Civil Veterinary Dept. Bombay admin report 1914-1922 - 1914-1922
Year: 1914
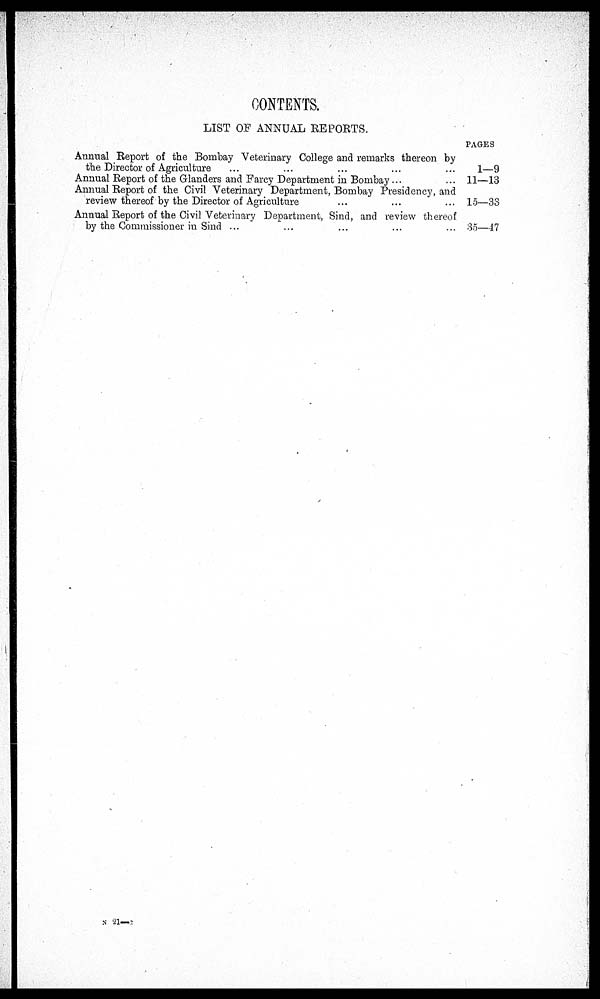
CONTENTS.
LIST OF ANNUAL REPORTS.
Annual Report of the Bombay Veterinary College and remarks thereon by
the Director of Agriculture ... ... ... ... ...
Annual Report of the Glanders and Farcy Department in Bombay ... ...
Annual Report of the Civil Veterinary Department, Bombay Presidency, and
review thereof by the Director of Agriculture ... ... ...
Annual Report of the Civil Veterinary Department, Sind, and review thereof
by the Commissioner in Sind ... ... ... ... ...
PAGES
1—9
11—13
15—33
35—47
N 21—3